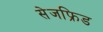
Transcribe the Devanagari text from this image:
सेजफ्रिड